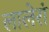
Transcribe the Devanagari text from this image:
लालेरां